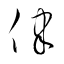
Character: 律